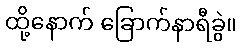
ထို့နောက် ခြောက်နာရီခွဲ။